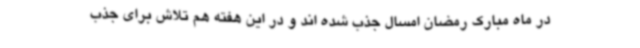
در ماه مبارک رمضان امسال جذب شده اند و در این هفته هم تلاش برای جذب